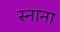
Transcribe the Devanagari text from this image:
स्नाना